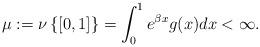
LaTeX: \begin{align*}\mu:=\nu \left\{ \left[0,1\right]\right\} =\int_0^1 e^{\beta x} g(x)dx < \infty.\end{align*}